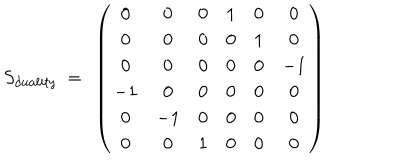
S _ { d u a l i t y } ~ = ~ \left( \begin{matrix} { { 0 } } & { { 0 } } & { { 0 } } & { { 1 } } & { { 0 } } & { { 0 } } \\ { { 0 } } & { { 0 } } & { { 0 } } & { { 0 } } & { { 1 } } & { { 0 } } \\ { { 0 } } & { { 0 } } & { { 0 } } & { { 0 } } & { { 0 } } & { { - 1 } } \\ { { - 1 } } & { { 0 } } & { { 0 } } & { { 0 } } & { { 0 } } & { { 0 } } \\ { { 0 } } & { { - 1 } } & { { 0 } } & { { 0 } } & { { 0 } } & { { 0 } } \\ { { 0 } } & { { 0 } } & { { 1 } } & { { 0 } } & { { 0 } } & { { 0 } } \\ \end{matrix} \right)